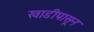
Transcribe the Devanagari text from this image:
खाडीपासून